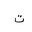
Letter: _ta